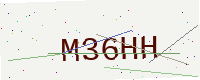
Text: M36HH